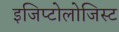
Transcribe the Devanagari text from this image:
इजिप्टोलोजिस्ट